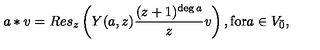
a * v = R e s _ { z } \left( Y ( a , z ) \frac { ( z + 1 ) ^ { \deg a } } { z } v \right) , \mathrm { f o r } a \in V _ { \bar { 0 } } ,